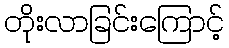
တိုးလာခြင်းကြောင့်